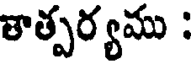
శాత్పర్యము :